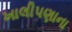
ખાલીપણાના